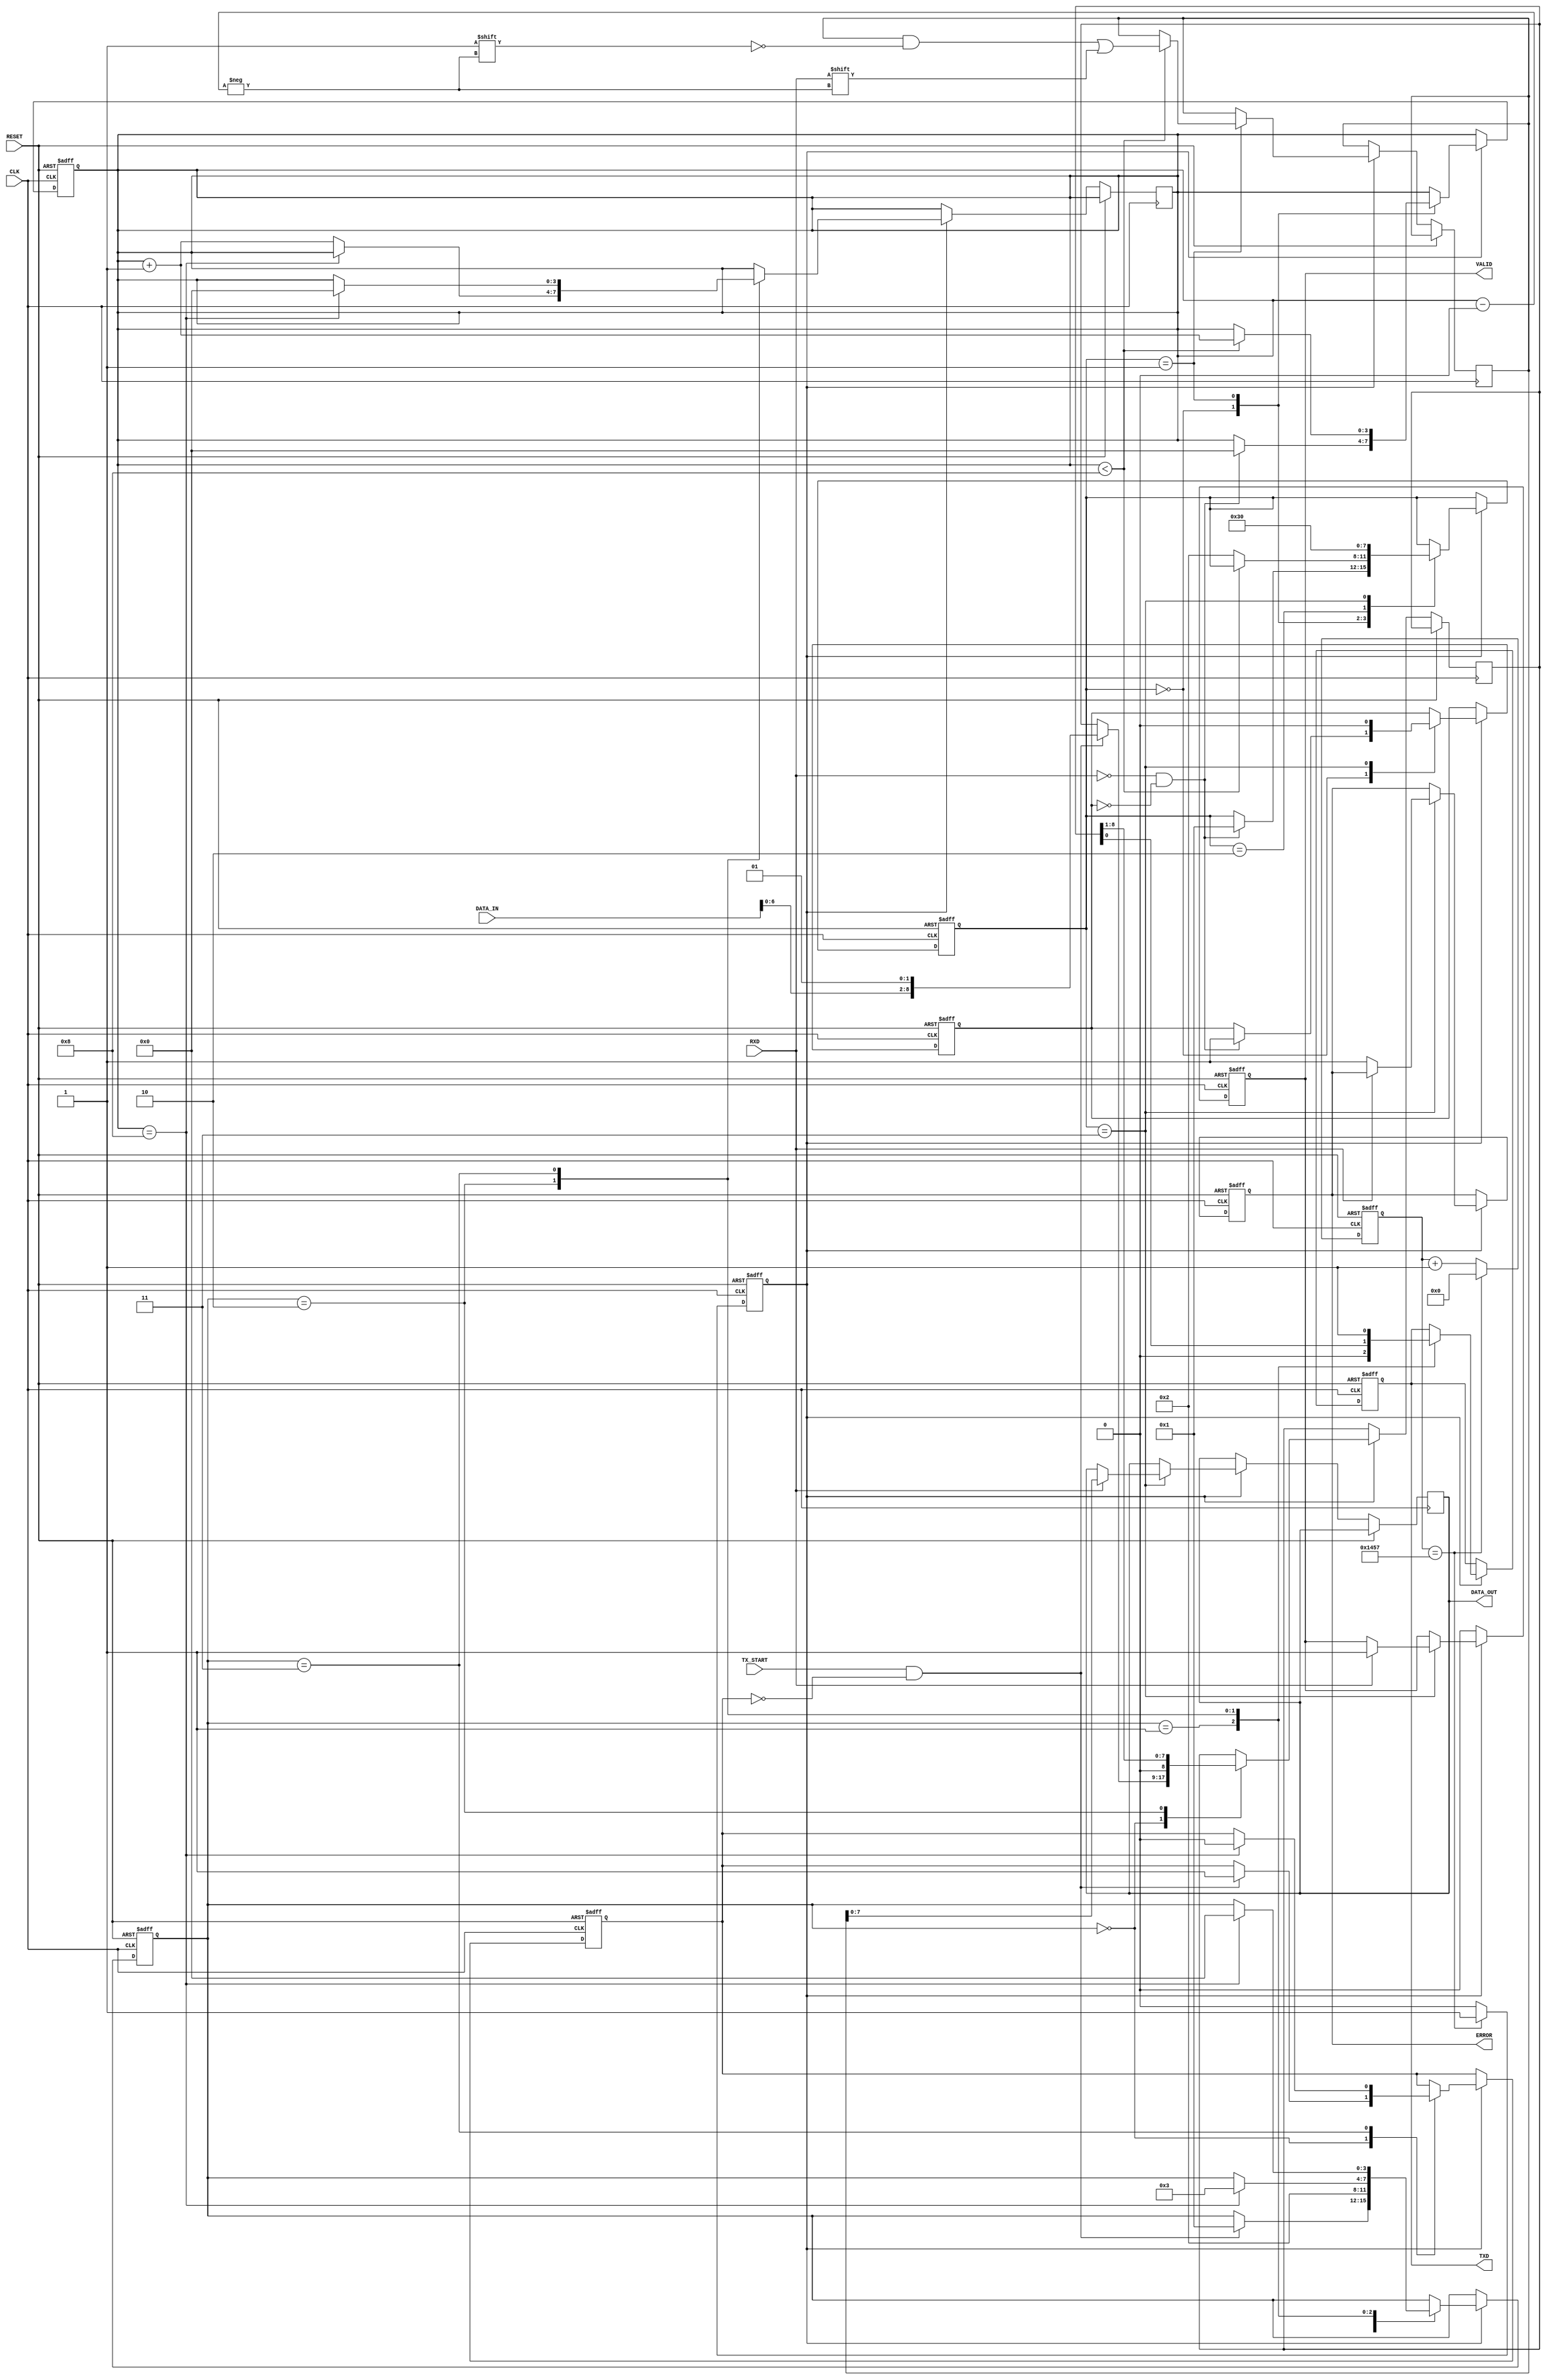
module parameterized_uart #(
    parameter BAUD_RATE = 9600,
    parameter DATA_BITS = 8,
    parameter STOP_BITS = 1,
    parameter PARITY = "NONE", // Options: "NONE", "EVEN", "ODD"
    parameter CLOCK_FREQ = 50000000 // 50 MHz
)(
    input wire CLK,
    input wire RESET,
    input wire RXD,
    input wire [DATA_BITS-1:0] DATA_IN,
    input wire TX_START,
    output reg TXD,
    output reg [DATA_BITS-1:0] DATA_OUT,
    output reg VALID,
    output reg ERROR
);

// Baud rate generation
localparam BAUD_RATE_DIV = CLOCK_FREQ / BAUD_RATE;
reg [15:0] baud_counter;
reg baud_tick;

// Transmitter signals
reg [3:0] tx_state;
reg [DATA_BITS + (PARITY != "NONE") + STOP_BITS - 1:0] tx_shift_reg;
reg tx_busy;

// Receiver signals
reg [3:0] rx_state;
reg [DATA_BITS + (PARITY != "NONE") + STOP_BITS - 1:0] rx_shift_reg;
reg rx_busy;
reg [3:0] bit_count;

// Baud rate generator
always @(posedge CLK or posedge RESET) begin
    if (RESET) begin
        baud_counter <= 0;
        baud_tick <= 0;
    end else begin
        if (baud_counter == BAUD_RATE_DIV - 1) begin
            baud_counter <= 0;
            baud_tick <= 1;
        end else begin
            baud_counter <= baud_counter + 1;
            baud_tick <= 0;
        end
    end
end

// Transmitter
always @(posedge CLK or posedge RESET) begin
    if (RESET) begin
        TXD <= 1; // Idle state
        tx_state <= 0;
        tx_busy <= 0;
    end else if (baud_tick) begin
        case (tx_state)
            0: begin // Idle
                if (TX_START && !tx_busy) begin
                    tx_shift_reg <= {DATA_IN, (PARITY == "EVEN" ? ^DATA_IN : (PARITY == "ODD" ? ~^DATA_IN : 1'b0)), {STOP_BITS{1'b1}}};
                    tx_state <= 1; // Start bit
                    tx_busy <= 1;
                end
            end
            1: begin // Start bit
                TXD <= 0; // Start bit
                tx_state <= 2;
            end
            2: begin // Data bits
                TXD <= tx_shift_reg[0];
                tx_shift_reg <= {1'b0, tx_shift_reg[DATA_BITS + (PARITY != "NONE") + STOP_BITS - 1:1]};
                if (bit_count == DATA_BITS + (PARITY != "NONE")) begin
                    tx_state <= 3; // Stop bit(s)
                end else begin
                    bit_count <= bit_count + 1;
                end
            end
            3: begin // Stop bit(s)
                TXD <= 1; // Stop bit
                if (bit_count == DATA_BITS + (PARITY != "NONE") + STOP_BITS - 1) begin
                    tx_state <= 0; // Back to idle
                    tx_busy <= 0;
                    bit_count <= 0;
                end
            end
        endcase
    end
end

// Receiver
always @(posedge CLK or posedge RESET) begin
    if (RESET) begin
        rx_state <= 0;
        rx_busy <= 0;
        VALID <= 0;
        ERROR <= 0;
        bit_count <= 0;
    end else if (baud_tick) begin
        case (rx_state)
            0: begin // Idle
                if (!RXD && !rx_busy) begin // Start bit detected
                    rx_busy <= 1;
                    rx_state <= 1;
                    bit_count <= 0;
                end
            end
            1: begin // Data bits
                if (bit_count < DATA_BITS + (PARITY != "NONE")) begin
                    rx_shift_reg[bit_count] <= RXD;
                    bit_count <= bit_count + 1;
                end else begin
                    rx_state <= 2; // Check parity
                end
            end
            2: begin // Parity check
                if (PARITY == "EVEN" && ^rx_shift_reg[DATA_BITS-1:0] != RXD) begin
                    ERROR <= 1; // Parity error
                end else if (PARITY == "ODD" && ^rx_shift_reg[DATA_BITS-1:0] == RXD) begin
                    ERROR <= 1; // Parity error
                end
                rx_state <= 3; // Stop bit(s)
            end
            3: begin // Stop bit(s)
                if (RXD == 1) begin
                    DATA_OUT <= rx_shift_reg[DATA_BITS-1:0];
                    VALID <= 1; // Valid data received
                end else begin
                    ERROR <= 1; // Framing error
                end
                rx_state <= 0; // Back to idle
                rx_busy <= 0;
            end
        endcase
    end else begin
        VALID <= 0; // Clear valid signal if not in reception
    end
end

endmodule